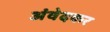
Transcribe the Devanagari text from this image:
अंवेदकर